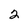
Character: 2